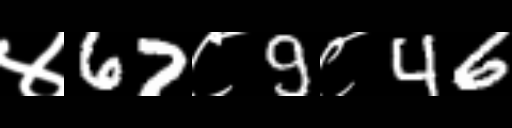
Text: ४67८9८46